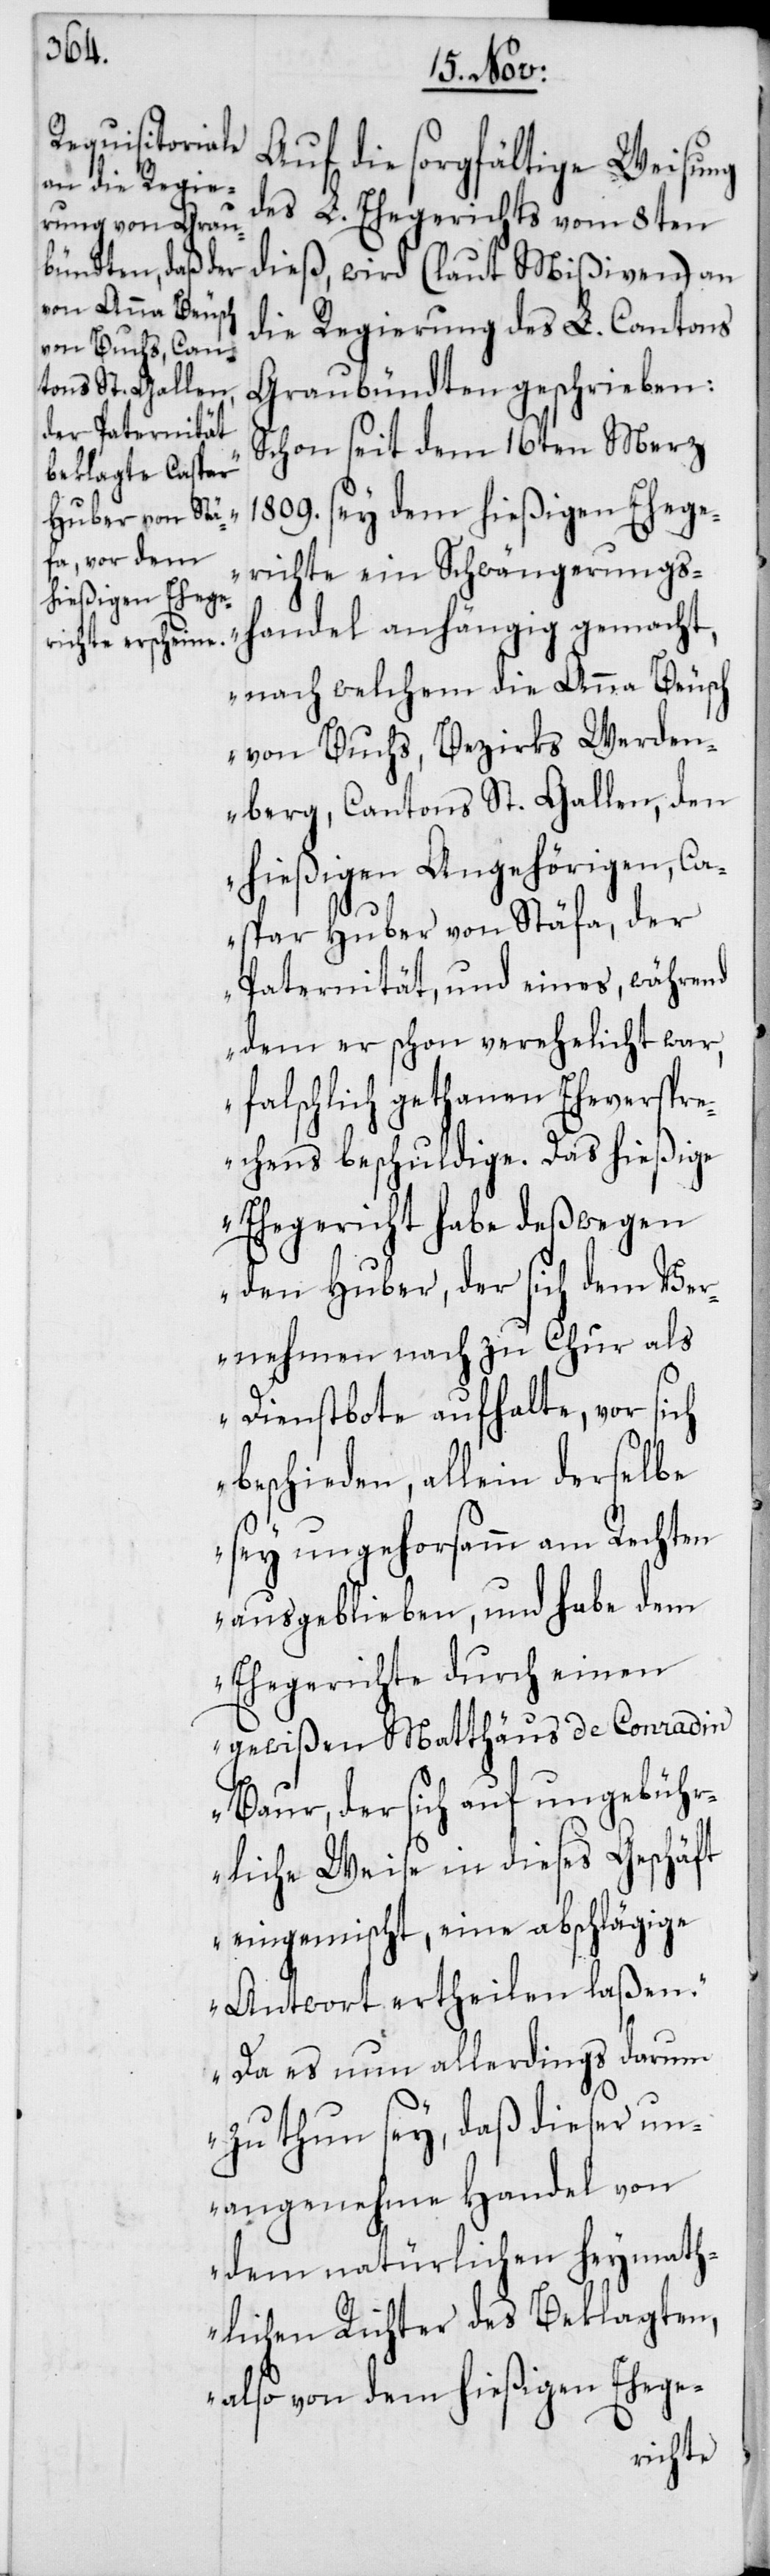
handel
Auf die sorgfältige Weisung
des L. Ehegerichts vom 8ten
dieß, wird (laut Mißiven) an
die Regierung des L. Cantons
Graubündten geschrieben:
„Schon seit dem 16ten Merz
1809. sey dem hießigen Ehege¬
richte ein Schwängerungs¬
nach welchem die Anna Beusch
von Buchs, Bezirks Werden¬
berg, Cantons St. Gallen, den
hießigen Angehörigen, Ca¬
spar Huber von Stäfa, der
Paternität, und eines, während
dem er schon verehelicht war,
falschlich gethanen Eheverspre¬
chens beschuldige. Das hießige
Ehegericht habe deßwegen
den Huber, der sich dem Ver¬
nehmen nach zu Chur als
Dienstbote aufhalte, vor sich
beschieden, allein derselbe
sey ungehorsamm am Rechten
ausgeblieben, und habe dem
Ehegerichte durch einen
gewißen Matthäus de Conradin
Baur, der sich auf ungebühr¬
liche Weise in dieses Geschäft
eingemischt, eine abschlägige
Antwort ertheilen laßen.
Da es nun allerdings darum
zu thun sey, daß dieser un¬
angenehme Handel von
dem natürlichen heymath¬
lichen Richter des Beklagten,
also von dem hießigen Ehege-